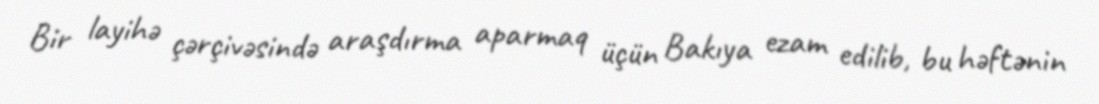
Bir layihə çərçivəsində araşdırma aparmaq üçün Bakıya ezam edilib, bu həftənin